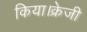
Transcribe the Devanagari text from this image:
किया।क्रेजी